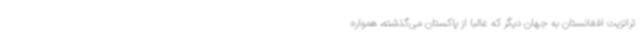
ترانزیت افغانستان به جهان دیگر که غالبا از پاکستان می‌گذشته، همواره